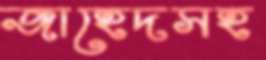
জাহেদসহ